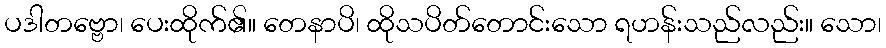
ပဒါတဗ္ဗော၊ ပေးထိုက်၏။ တေနာပိ၊ ထိုသပိတ်တောင်းသော ရဟန်းသည်လည်း။ သော၊